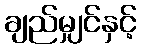
ချည်မျှင်နှင့်